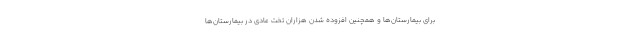
برای بیمارستان‌ها و همچنین افزوده شدن هزاران تخت عادی در بیمارستان‌ها